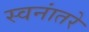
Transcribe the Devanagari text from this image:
स्वनांतरे